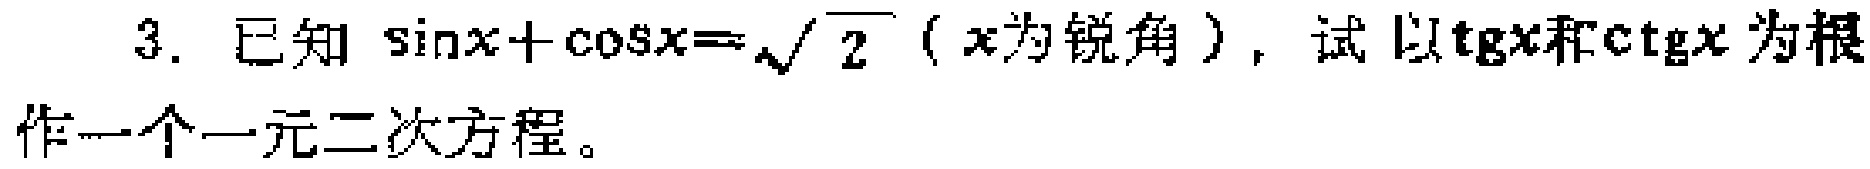
3. 已知\(\sin x+\cos x = \sqrt{2}\)（\(x\)为锐角），试以\(\tg x\)和\(\ctg x\)为根作一个一元二次方程。